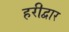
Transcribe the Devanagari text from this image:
हरीद्वार